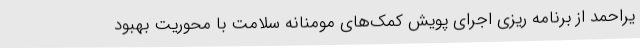
یراحمد از برنامه ریزی اجرای پویش کمک‌های مومنانه سلامت با محوریت بهبود